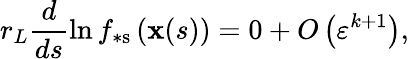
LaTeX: r_{L}\frac{d}{ds}\ln f_{\ast\mathrm{s}}\left(\mathbf{x}(s)\right)=0+O\left(\varepsilon^{k+1}\right),